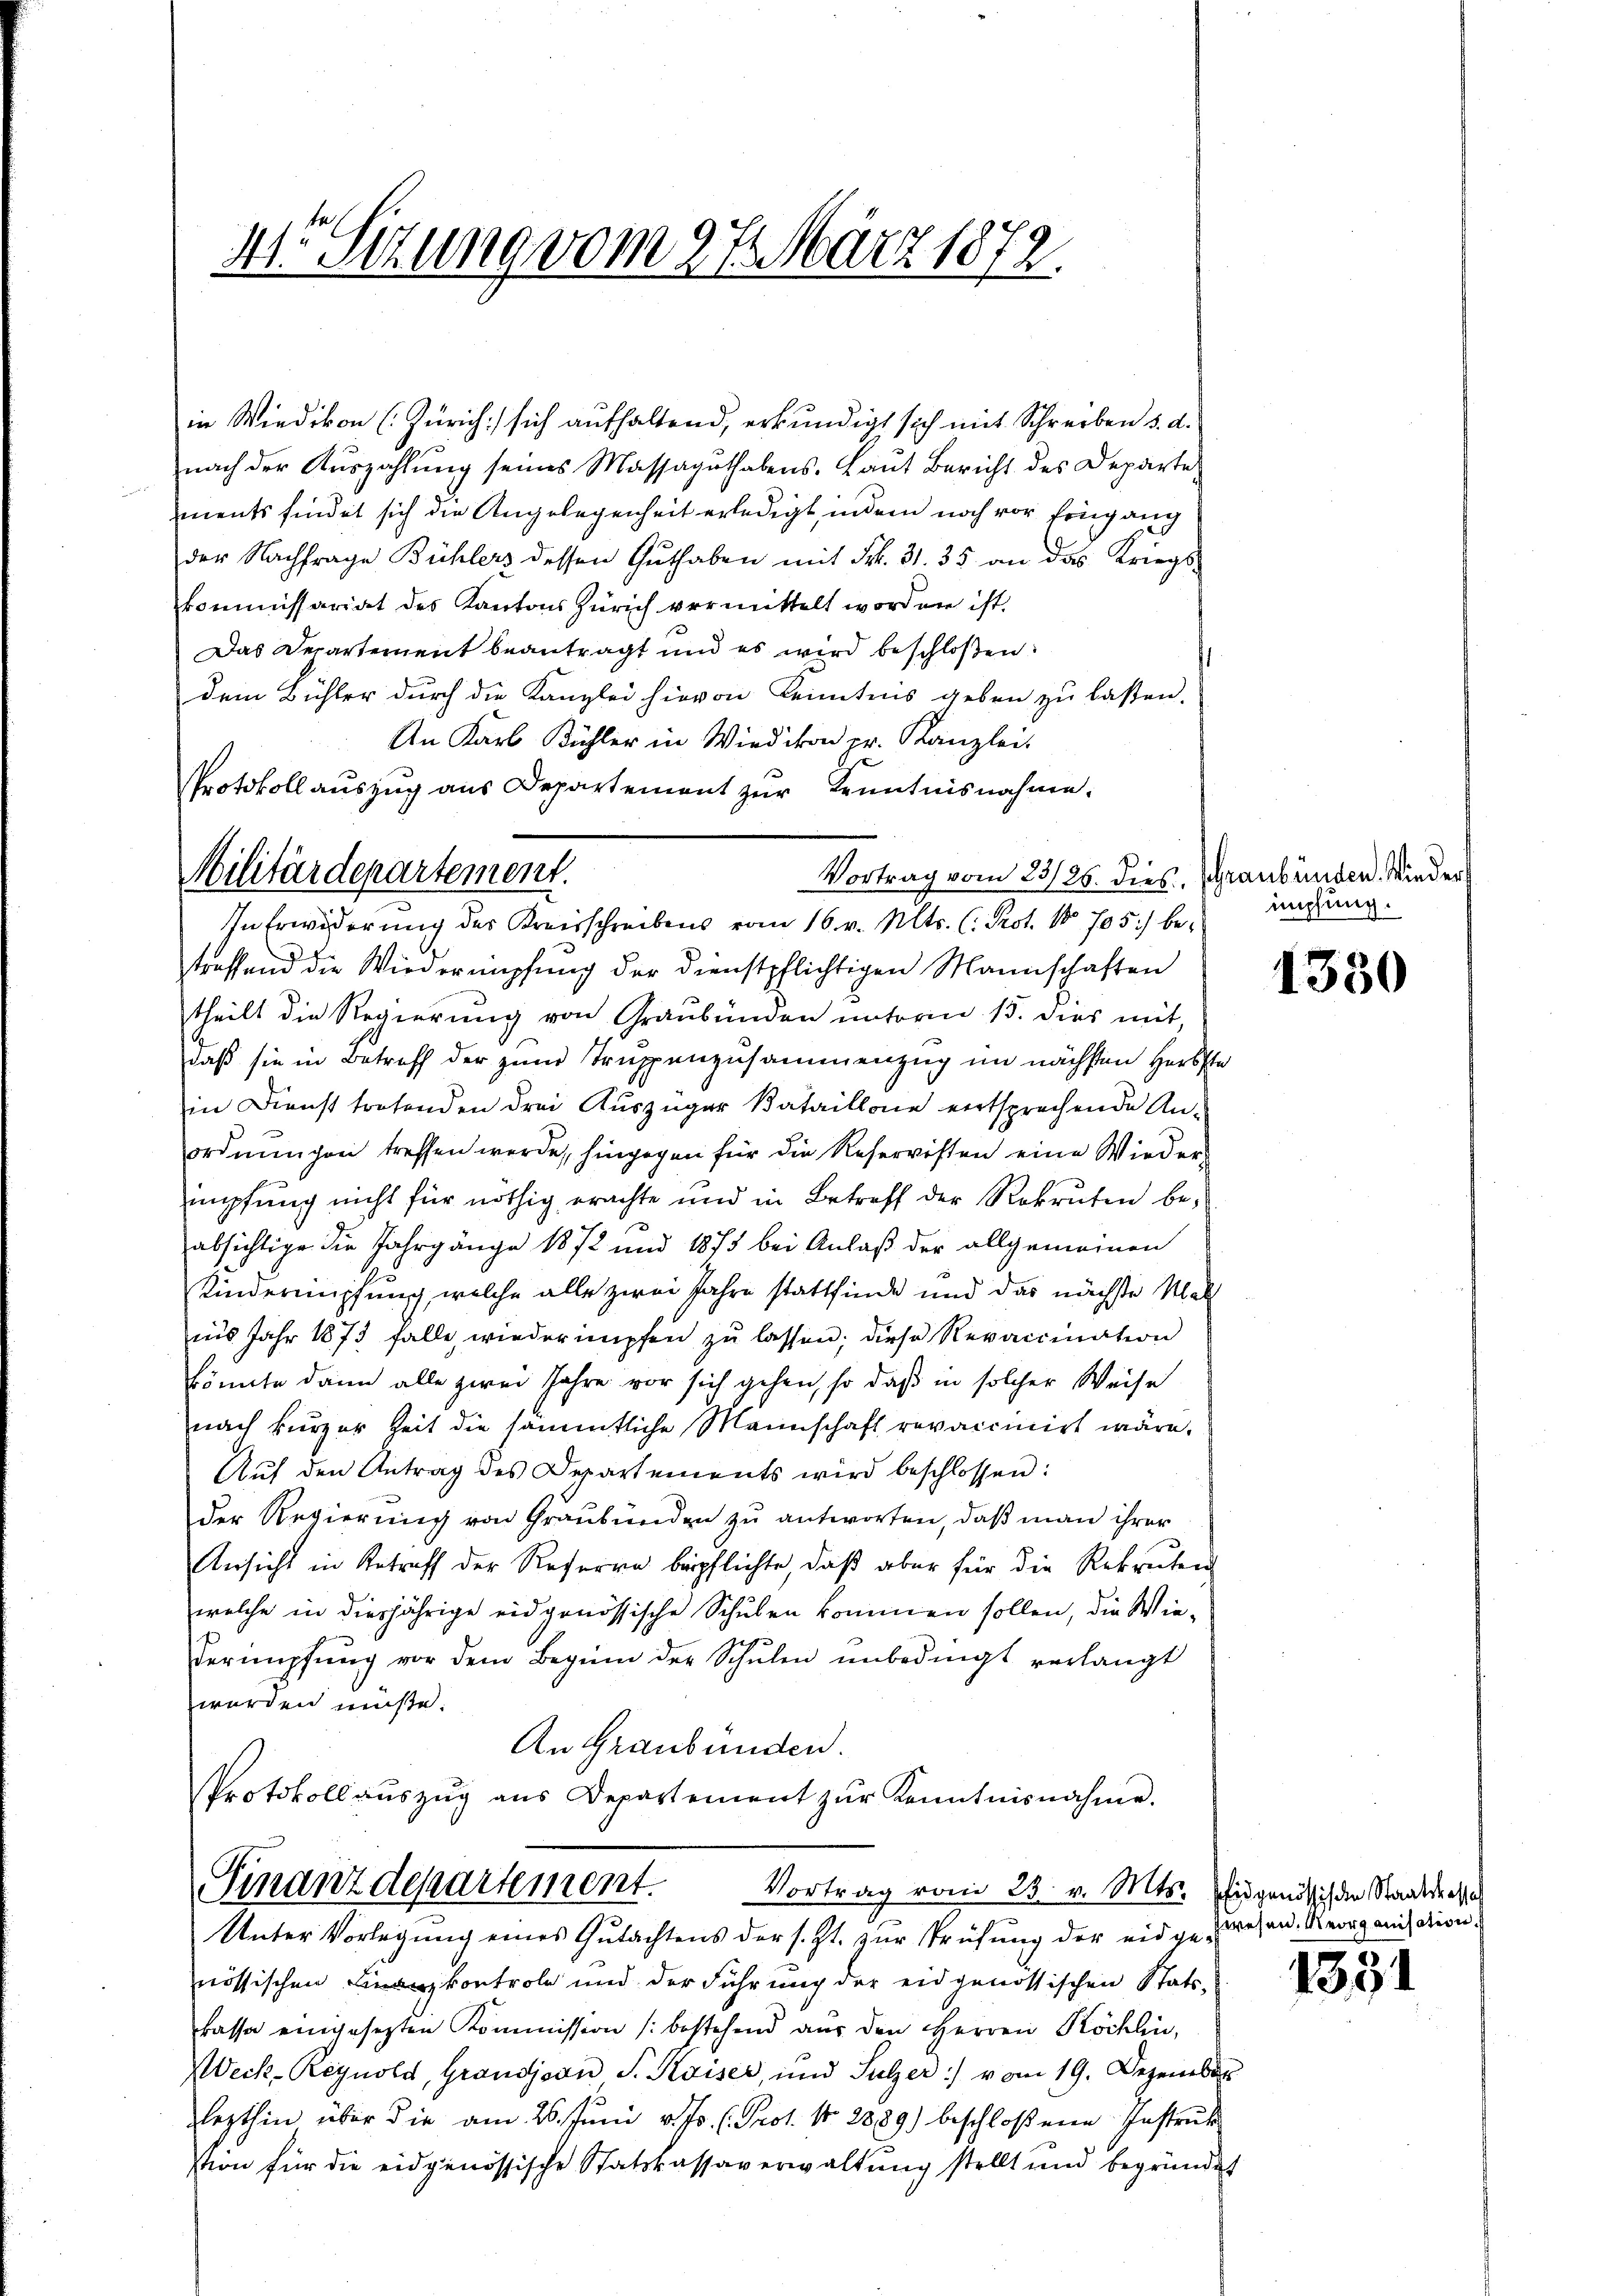
4te Sitzung vom 27. März 1872.

in Wiedikon (Zürich sich aufhaltend, erkundigt sich mit Schreiben d. d.
nach der Auszahlung seines Massaguthabens. Laut Bericht des Departe
ments findet sich die Angelegenheit erledigt, indem noch vor Eingang
der Nachfrage Bühlers dessen Guthaben mit Frk. 31. 35 an das Kriegskommissariat des Kantons Zürich vermittelt worden ist.
Das Departement beantragt und es wird beschloßen:
dem Bühler durch die Kanzlei hievon Kenntnis geben zu laßen.
An Karl Bühler in Wiedikon pr. Kanzlei-
treffend die Wiederempfung der dienstpflichtigen Mannschaften
theilt die Regierung von Graubünden unterm 15. dies mit,
daß sie in Betreff der zum Truppenzusammenzug im nächsten Herbste
in Dienst tretenden drei Auszüger Bataillone entsprechende Anordnungen treffen werde, hingegen für die Reservisten eine Wiedermpfung nicht für nöthig erachte und in Betreff der Rekruten beabsichtige die Jahrgänge 1872 und 1875 bei Anlaß der allgemeinen
Kindernüpfung, welche alle zwei Jahre stattfinde und das nächste Mal
mis Jahr 1873 falle, wiederimpfen zŭ lassen; diese Revaicination
könnte dann alle zwei Jahre vor sich gehen, so daß in solcher Weise
nach kurzer Zeit die sämmtliche Mannschaft revaccinirt wäre.
Auf den Antrag des Departements wird beschlossen:
der Regierung von Graubünden zu antworten, daß man ihrer
Ansicht in Betreff der Referen bepflichte, daß aber für die Rekruten
welche in diesjährige eidgenössische Schulen kommen sollen, die Wie-
Derimpfŭng vor dem Beginn der Schulen unbedingt verlangt
worden müße.
An Graubünden.
Protokoll aŭszŭg aŭs Departement zŭr Kenntnisnahme.
Finanzdepartement.
Vortrag vom 23. v. Mts. Eidgenössis den Staatskasse
Unter Vorlegung eines Gutachtens der s. Zt. zur Prüfung der eidgewesen. Georg auch dieser
nössischen Finanzkontrole und der Führung der eidgenössischen Stats-
kassa eingesetzten Kommission (bestehend aus den HHerren Köchlin,
Weck-Reynold, Grandjean S. Kaiser, und Sulzer :/ vom 19. Dezember
lezthin über die am 26. Juni v. Js. (Prof. No 2889) beschloßene Instruk
stion für die eidgenössische Statskassaverwaltung stellt und begründet

Protokollauszug aus Departement zur Kenntnisnahme.
Militärdepartement.
Vortrag vom 23/25. dies, Graubünden. Wieder
In Erwiderung des Kreisschreibens vom 16. v. Mts. (: Prot. No 705) be¬

mphung.

1350

1331